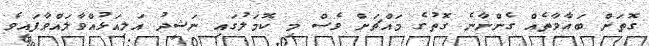
ގޮތަށް ބަޣާވާތެއް ގެންނާނެ ގޮތުގެ މައްޗަށް ވެސް މި ކޮމަލުގައި ނަޝީދު އަލިއަޅުއްވާލައްވާފައިވެ